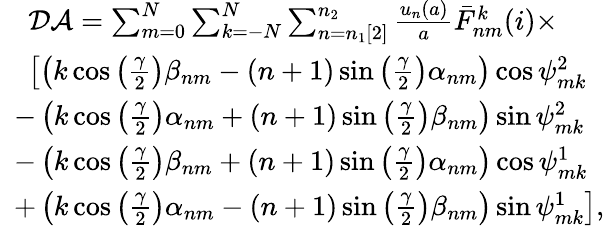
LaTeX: \begin{array}{rl}&{\mathcal{DA}=\sum_{m=0}^{N}\sum_{k=-N}^{N}\sum_{n=n_{1}[2]}^{n_{2}}\frac{u_{n}(a)}{a}\bar{F}_{nm}^{k}(i)\times}\\ &{\left[\left(k\cos\left(\frac{\gamma}{2}\right)\beta_{nm}-(n+1)\sin\left(\frac{\gamma}{2}\right)\alpha_{nm}\right)\cos\psi_{mk}^{2}\right.}\\ &{\! \! \! -\left(k\cos\left(\frac{\gamma}{2}\right)\alpha_{nm}+(n+1)\sin\left(\frac{\gamma}{2}\right)\beta_{nm}\right)\sin\psi_{mk}^{2}}\\ &{\! \! \! -\left(k\cos\left(\frac{\gamma}{2}\right)\beta_{nm}+(n+1)\sin\left(\frac{\gamma}{2}\right)\alpha_{nm}\right)\cos\psi_{mk}^{1}}\\ &{\! \! \! \left.+\left(k\cos\left(\frac{\gamma}{2}\right)\alpha_{nm}-(n+1)\sin\left(\frac{\gamma}{2}\right)\beta_{nm}\right)\sin\psi_{mk}^{1}\right],}\end{array}